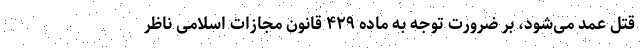
قتل عمد می‌شود، بر ضرورت توجه به ماده ۴۲۹ قانون مجازات اسلامی ناظر